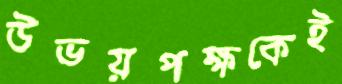
উভয়পক্ষকেই